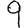
Digit: 9